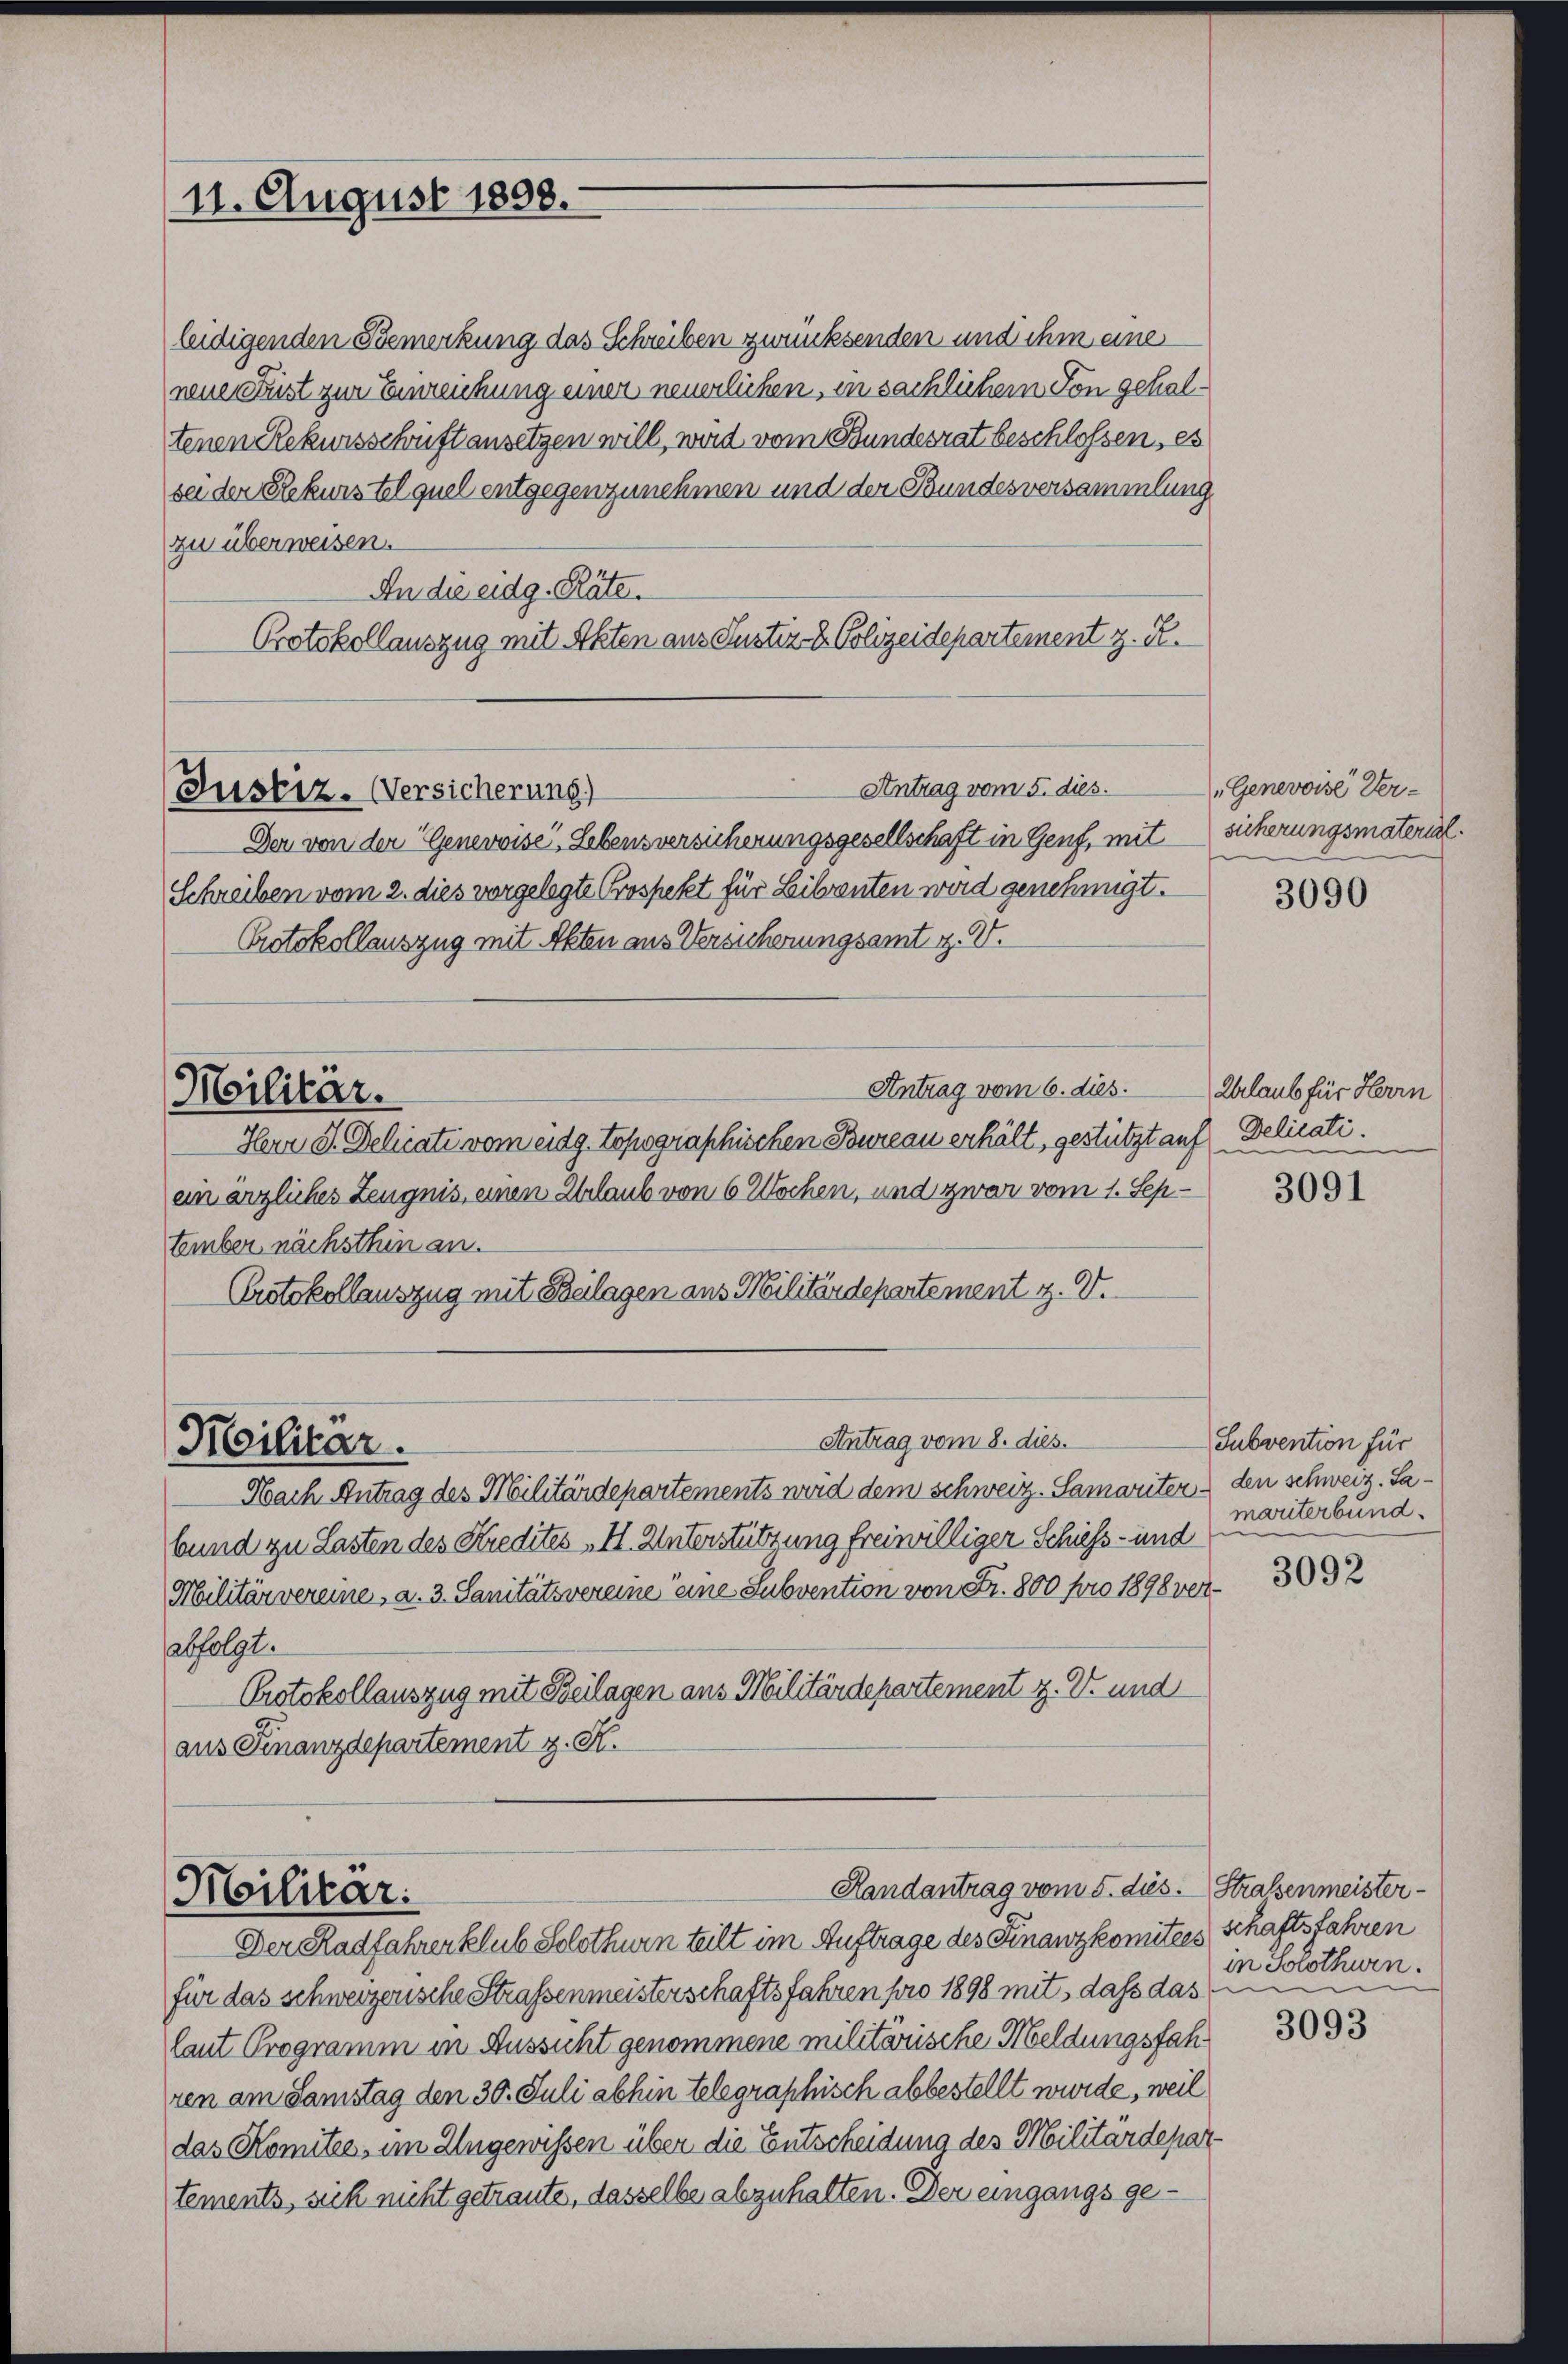
11. August 1898.

leidigenden Bemerkung das Schreiben zurücksenden und ihm eine
neue Fust zur Einreichung einer neuerlichen, in sächlichem Ton gehaltenen Rekursschrift ansetzen will, wird vom Bundesrat beschlossen, es
sei der Rekurs tel quel entgegenzunehmen und der Bundesversammlung
zu überweisen.
An die eidg. Räte.
Protokollauszug mit Akten aus Justiz- & Polizeidepartement z. R.

Justiz. Versicherung)

Militar.

Antrag vom 5. dies

Antrag vom 8. dies.

Der von der Generwise“, Lebensversicherungsgesellschaft in Genf, mit
Schreiben vom 2. dies vorgelegte Prospekt für Leibrenten wird genehmigt.
Protokollauszug mit Akten aus Versicherungsamt z. V.
Antrag vom 6. dies.
Militär.
Herr S. Behiate vom eidg. topographischen Bureau erhält, gestützt auf Delicati.
ein ärzliches Zeugnis, einen Urlaub von 6 Wochen, und zwar vom 1. September nächsthin an.
Protokollauszug mit Beilagen aus Militärdepartement z. V.

Militär.

Randantrag vom 5. dies. Straßenmeister¬

Nach Antrag des Militärdepartements wird dem schweiz. Samariter den schweiz. Sabund zu Lasten des Kredites II. Unterstützung freiwilliger Schiess- und
Militärvereine, a. 3. Sanitätsvereine eine Subvention von Fr. 800 pro 1898 verabfolgt.
Protokollauszug mit Beilagen aus Militärdepartement z. B. und
aus Finanzdepartement z. K.

Der Radfahrer klub Solothurn teilt im Auftrage des Finanzkomitees schaftsfahren
für das schweizerische Straßenmeisterschaftsfahren pro 1898 mit, dass das
laut Programm in Aussicht genommene militärische Meldungsfahren am Samstag den 30. Juli abhin telegraphisch abbestellt wurde, weil
das Komitée, im Ungewissen über die Entscheidung des Militärdepartements, sich nicht getraute, dasselbe abzuhalten. Der eingangs ge¬

"Genevoise Ver-
sicherungsmaterial.

3090

Urlaub für Herrn

3091

Subvention für
mariterbund.

3092

in Solothurn.

3093